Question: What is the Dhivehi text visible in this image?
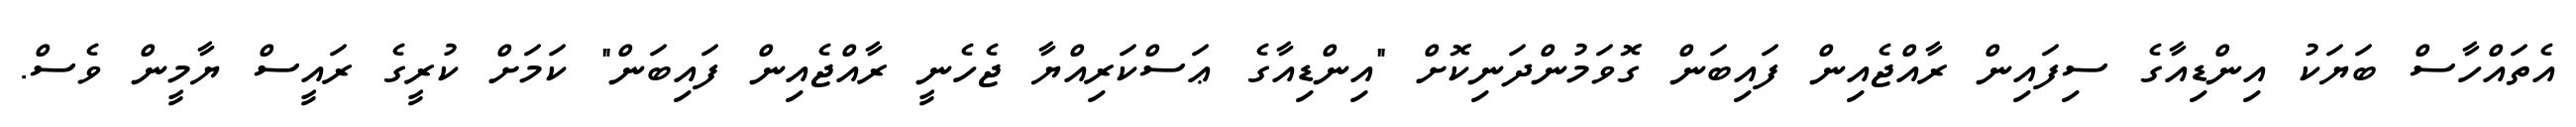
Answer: އެތައްހާސް ބަޔަކު އިންޑިއާގެ ސިފައިން ރާއްޖެއިން ފައިބަން ގޮވަމުންދަނިކޮށް "އިންޑިއާގެ ޢަސްކަރިއްޔާ ޖެހެނީ ރާއްޖެއިން ފައިބަން" ކަމަށް ކުރީގެ ރައީސް ޔާމީން ވެސް.